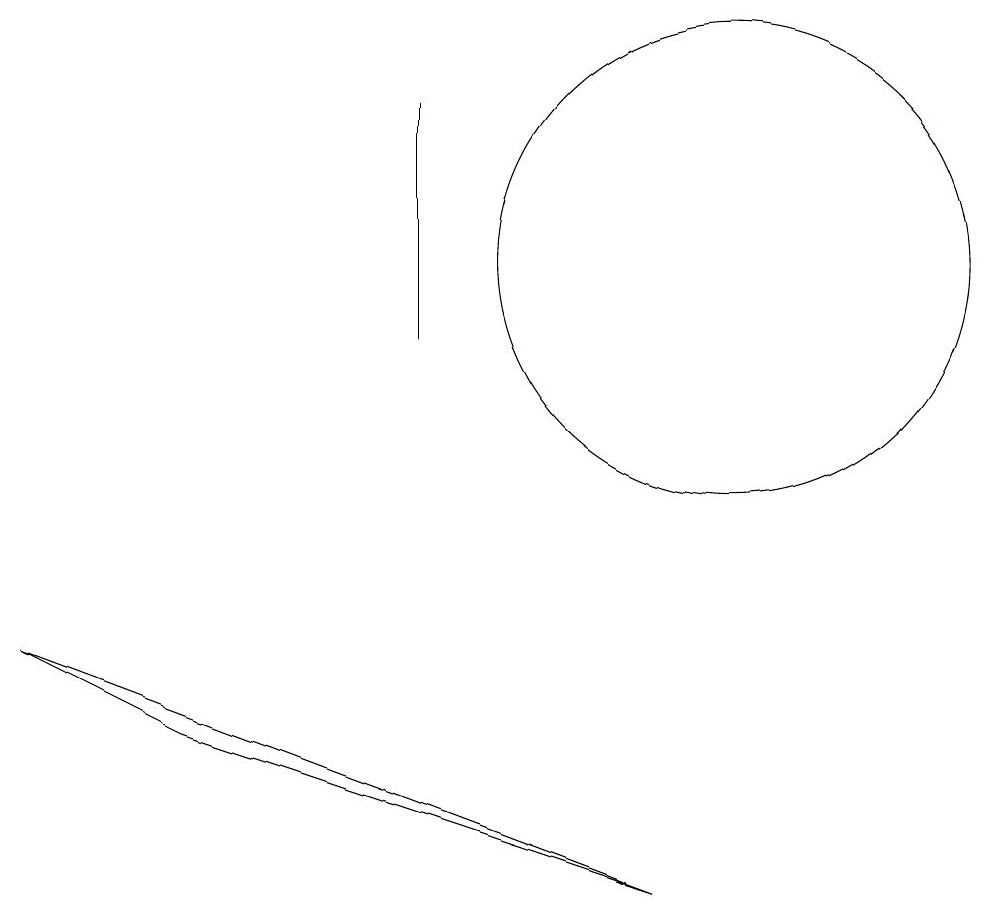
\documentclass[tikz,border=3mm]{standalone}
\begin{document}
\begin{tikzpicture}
\draw (1,7) -- (3,6) -- (9,4) -- cycle;
\draw (6,11) rectangle (6,14);
\draw (10,12) circle (3);
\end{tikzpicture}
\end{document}